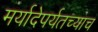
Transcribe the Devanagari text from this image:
मर्यादेपर्यतच्याच